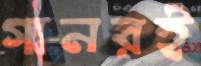
গানরই